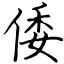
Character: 倭